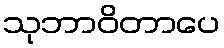
သုဘာဝိတာပေ